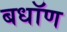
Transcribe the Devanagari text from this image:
बधॉण